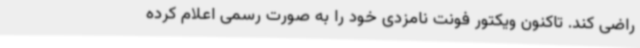
راضی کند. تاکنون ویکتور فونت نامزدی خود را به صورت رسمی اعلام کرده